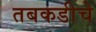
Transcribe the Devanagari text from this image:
तबकडीचे